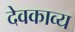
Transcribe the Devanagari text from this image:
देवकाव्य